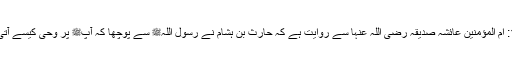
1572: اُمّ المؤمنین عائشہ صدیقہ رضی اللہ عنہا سے روایت ہے کہ حارث بن ہشام نے رسول اللہﷺ سے پوچھا کہ آپﷺ پر وحی کیسے آتی ہے ؟